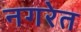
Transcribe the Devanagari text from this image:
नगरेत